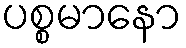
ပစ္စမာနော